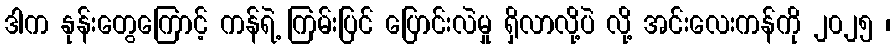
ဒါက နုန်းတွေကြောင့် ကန်ရဲ့ ကြမ်းပြင် ပြောင်းလဲမှု ရှိလာလို့ပဲ လို့ အင်းလေးကန်ကို ၂၀၂၅ ၊